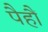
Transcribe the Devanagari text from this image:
पैहौं